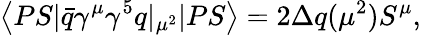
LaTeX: \left\langle PS|\bar{q}\gamma^{\mu}\gamma^{5}q|_{\mu^{2}}|PS\right\rangle=2\Delta q(\mu^{2})S^{\mu},